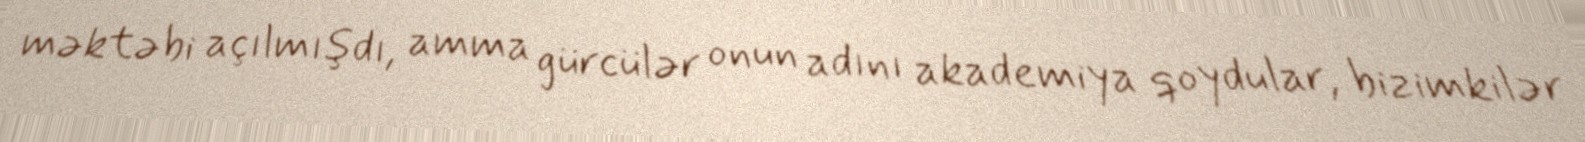
məktəbi açılmışdı, amma gürcülər onun adını akademiya qoydular, bizimkilər